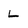
Character: L